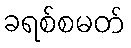
ခရစ်စမတ်